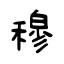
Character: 穆